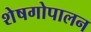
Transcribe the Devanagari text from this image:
शेषगोपालन